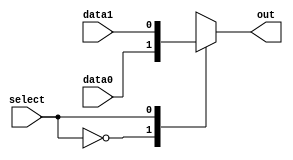
//////////////////////////////////////////////////////////////////////////////////
// Company: 
// Engineer: 
// 
// Design Name: 
// Module Name:    MUX2_1 
// Project Name: 
// Target Devices: 
// Tool versions: 
// Description: 
//
// Dependencies: 
//
// Revision: 
// Revision 0.01 - File Created
// Additional Comments: 
//
//////////////////////////////////////////////////////////////////////////////////
module MUX2_1(data1,data0,out,select);

	input select;
	input data1;
	input data0;
	output out;
	
	reg out;
	wire select;
	wire data1;
	wire data0;
	
	always @(select or data1 or data0)
	begin
		case(select)
			0: out = data0;
			1: out = data1;
		endcase
	end
	
endmodule